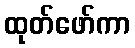
ထုတ်ဖော်ကာ